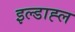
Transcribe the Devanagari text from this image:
इल्डाह्ल